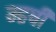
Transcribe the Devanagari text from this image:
म्हषी